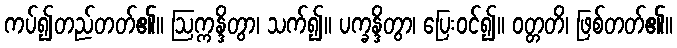
ကပ်၍တည်တတ်၏။ ဩက္ကန္ဒိတွာ၊ သက်၍။ ပက္ခန္ဒိတွာ၊ ပြေးဝင်၍။ ဝတ္တတိ၊ ဖြစ်တတ်၏။